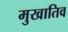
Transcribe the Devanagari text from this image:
मुखातिव